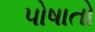
પોષાતો